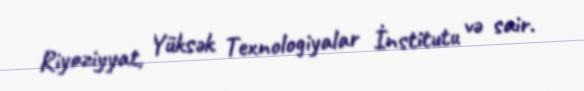
Riyaziyyat, Yüksək Texnologiyalar İnstitutu və sair.